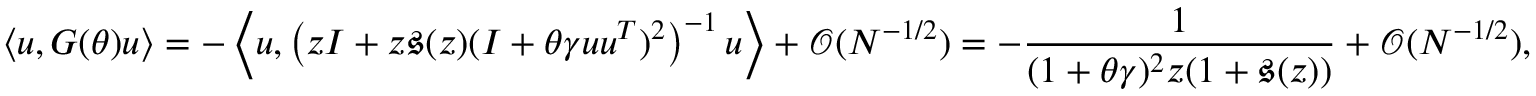
\langle { \boldsymbol u } , G ( \theta ) { \boldsymbol u } \rangle = - \left\langle { \boldsymbol u } , \left( z I + z \mathfrak { s } ( z ) ( I + \theta \gamma { \boldsymbol u } { \boldsymbol u } ^ { T } ) ^ { 2 } \right) ^ { - 1 } { \boldsymbol u } \right\rangle + { \mathcal O } ( N ^ { - 1 / 2 } ) = - \frac { 1 } { ( 1 + \theta \gamma ) ^ { 2 } z ( 1 + \mathfrak { s } ( z ) ) } + { \mathcal O } ( N ^ { - 1 / 2 } ) ,